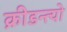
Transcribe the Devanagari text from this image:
क्रीडन्त्यो